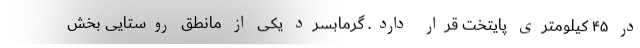
در ۴۵ کیلومتری پایتخت قرار دارد. گرمابسرد یکی از مانطق روستایی بخش